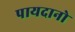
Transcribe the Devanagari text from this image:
पायदानो